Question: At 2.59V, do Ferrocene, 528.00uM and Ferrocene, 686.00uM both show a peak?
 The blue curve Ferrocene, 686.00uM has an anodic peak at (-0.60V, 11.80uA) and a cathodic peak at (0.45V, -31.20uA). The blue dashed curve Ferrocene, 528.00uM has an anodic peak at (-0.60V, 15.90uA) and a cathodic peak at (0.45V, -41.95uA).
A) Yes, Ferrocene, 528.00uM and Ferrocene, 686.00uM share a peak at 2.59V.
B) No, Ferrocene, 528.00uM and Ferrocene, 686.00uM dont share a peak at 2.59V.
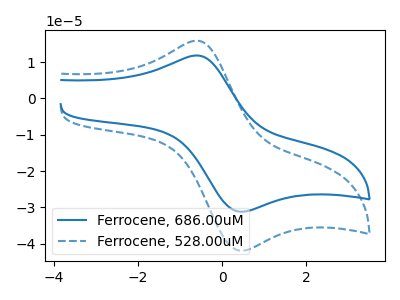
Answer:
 <answer>B) No, "Ferrocene, 528.00uM" and "Ferrocene, 686.00uM" dont share a peak at 2.59V.</answer>
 <eval>B</eval>